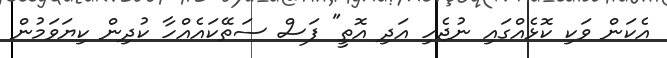
އެކަން ވަކި ކޮޅެއްގައި ނުޖެހި އަދި އޮތީ" ފަސް ސަތޭކައެއްހާ ކުދިން ކިޔަވަމުން